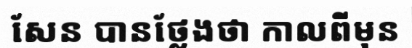
សែន បានថ្លែងថា កាលពីមុន